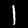
Label: 1